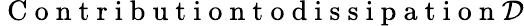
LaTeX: \mathrm{~C~o~n~t~r~i~b~u~t~i~o~n~t~o~d~i~s~s~i~p~a~t~i~o~n~}\mathcal D